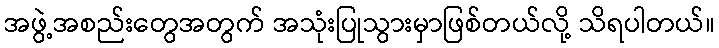
အဖွဲ့အစည်းတွေအတွက် အသုံးပြုသွားမှာဖြစ်တယ်လို့ သိရပါတယ်။